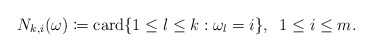
\begin{align*}N_{k,i}(\omega)\coloneqq{\rm card}\{1\leq l\leq k:\omega_{l}=i\},\;\;1\leq i\leq m.\end{align*}